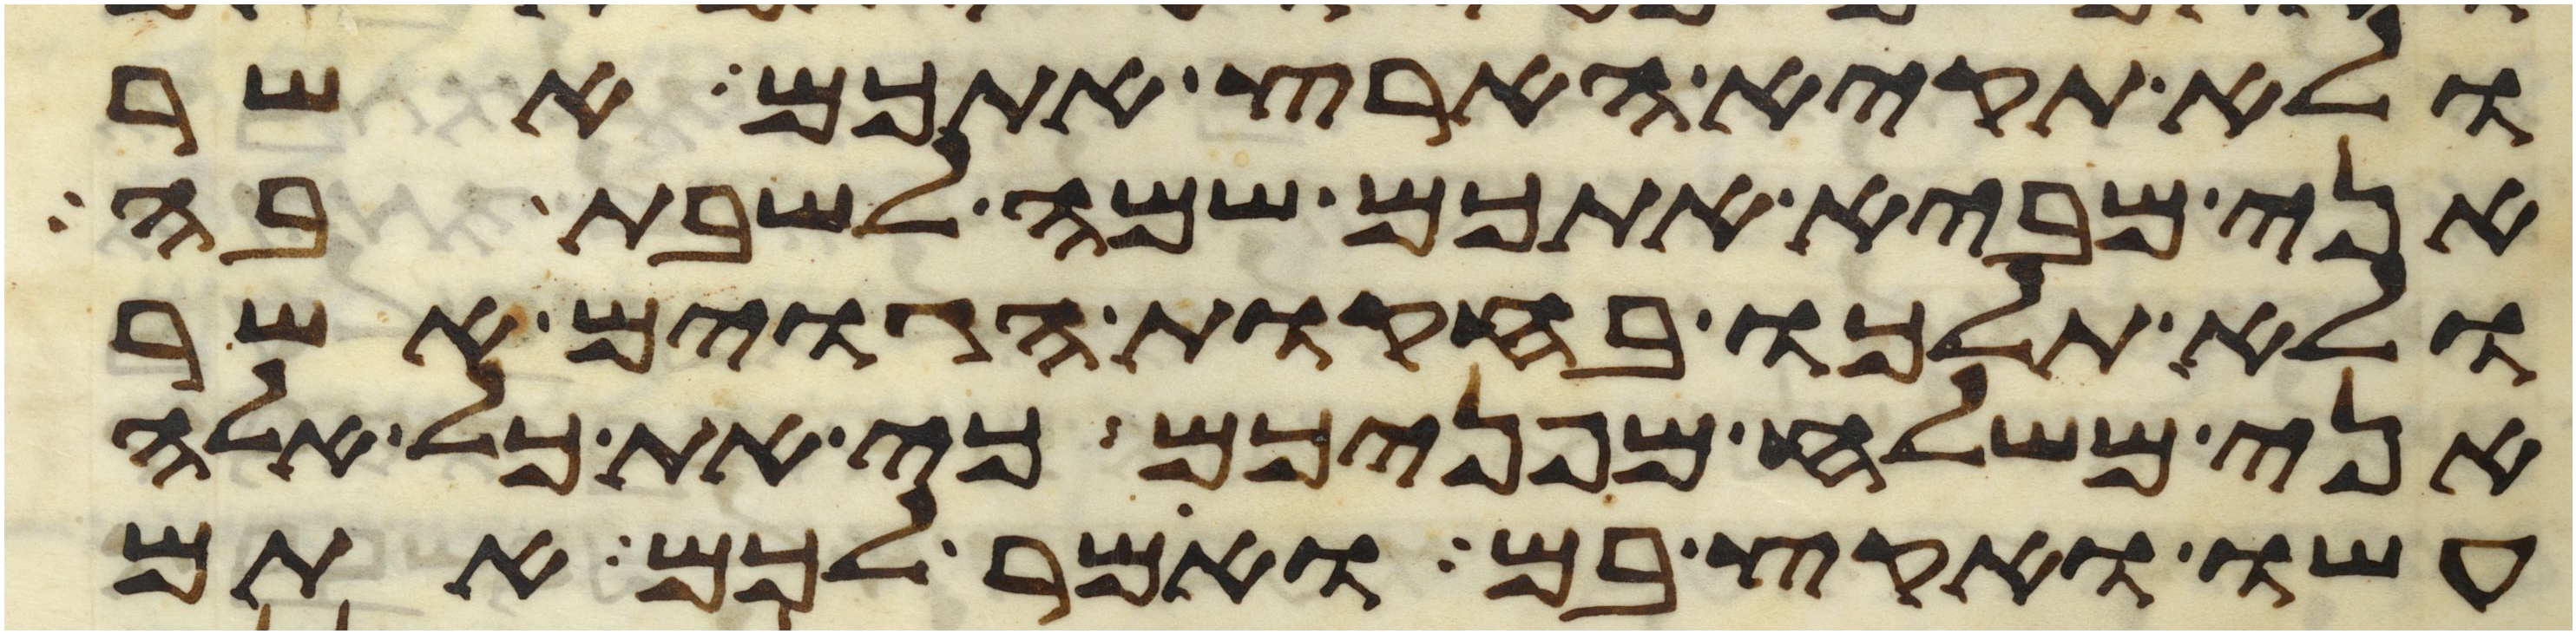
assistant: ולא תקיא הארץ אתכם אשר
אני מביא אתכם שמה לשבת בה
ולא תלכו בחקות הגוים אשר
אני משלח מפניכם כי את כל אלה
עשו ואקץ בם ואמר לכם אתם